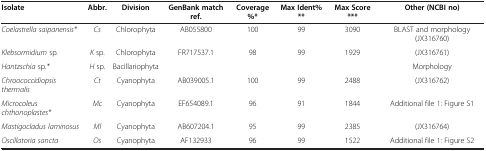
| Isolate | Abbr. | Division | GenBank match ref. | Coverage%* | Max Ident% ** | Max Score *** | Other (NCBI no) |
 | --- | --- | --- | --- | --- | --- | --- | --- |
 | Coelastrella saipanensis* | Cs | Chlorophyta | AB055800 | 100 | 99 | 3090 | BLAST and morphology (JX316760) |
 | Klebsormidium sp. | K sp. | Chlorophyta | FR717537.1 | 98 | 99 | 1929 | (JX316761) |
 | Hantzschia sp.* | H sp. | Bacillariophyta |  |  |  |  | Morphology |
 | Chroococcidiopsis thermalis | Ct | Cyanophyta | AB039005.1 | 100 | 99 | 2488 | (JX316762) |
 | Microcoleus chthonoplastes* | Mc | Cyanophyta | EF654089.1 | 96 | 91 | 1844 | Additional file 1: Figure S1 |
 | Mastigocladus laminosus | Ml | Cyanophyta | AB607204.1 | 95 | 99 | 2385 | (JX316764) |
 | Oscillatoria sancta | Os | Cyanophyta | AF132933 | 96 | 99 | 1522 | Additional file 1: Figure S2 |